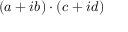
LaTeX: \left( a + i b \right) \cdot \left( c + i d \right)